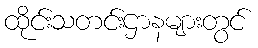
ထိုင်းသတင်းဌာနများတွင်